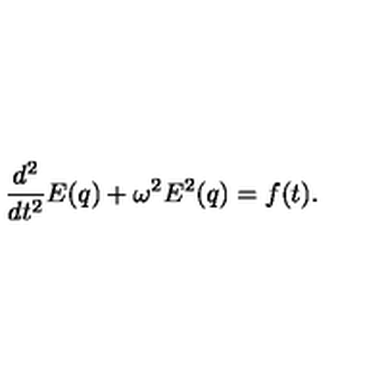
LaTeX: \frac { d ^ { 2 } } { d t ^ { 2 } } E ( q ) + \omega ^ { 2 } E ^ { 2 } ( q ) = f ( t ) .